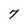
Character: 7